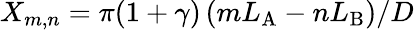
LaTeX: X_{m,n}=\pi(1+\gamma)\left(mL_{\mathrm{A}}-nL_{\mathrm{B}}\right)/D